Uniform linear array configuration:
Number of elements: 12
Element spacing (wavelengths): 0.25
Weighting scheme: hamming
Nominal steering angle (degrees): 30
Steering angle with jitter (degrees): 30.666
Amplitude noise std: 0.05
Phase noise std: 0.05

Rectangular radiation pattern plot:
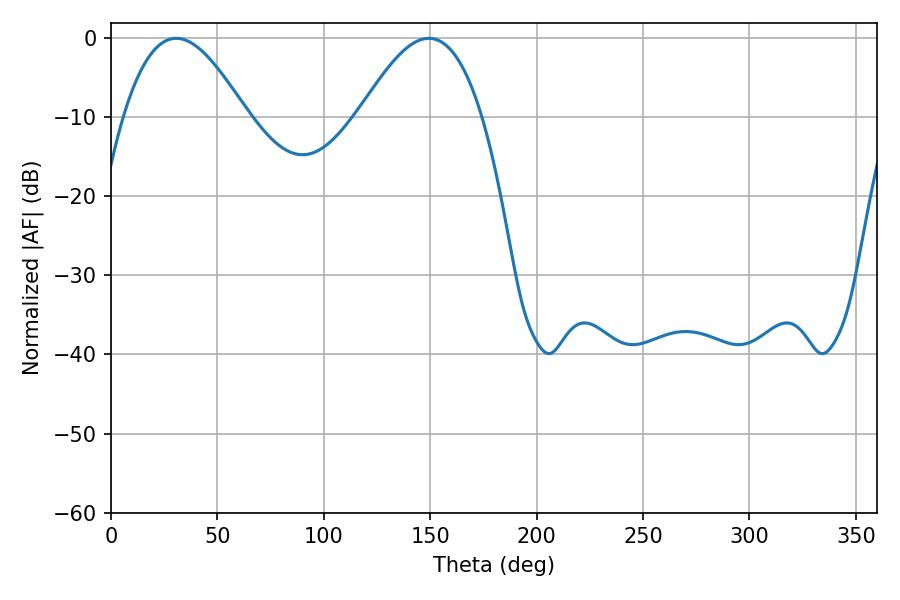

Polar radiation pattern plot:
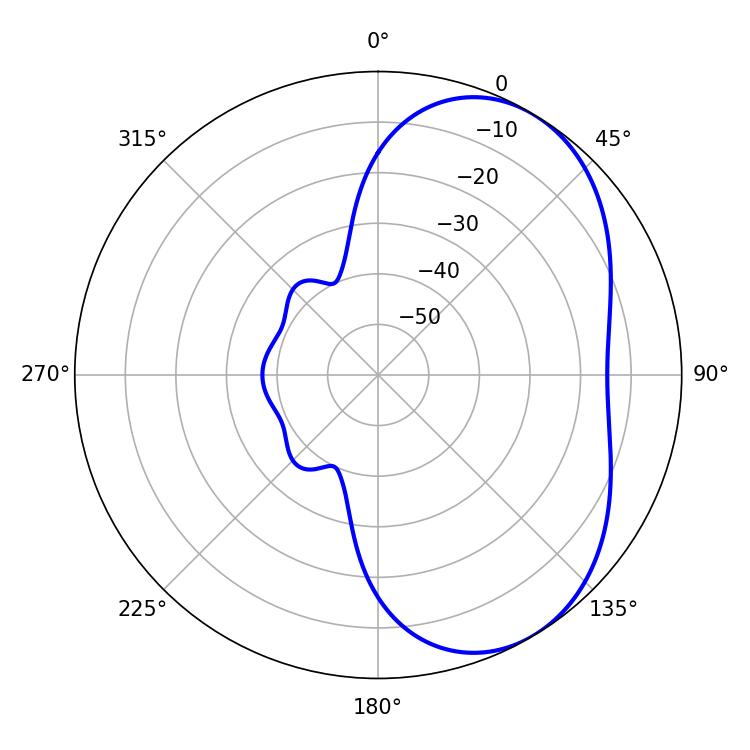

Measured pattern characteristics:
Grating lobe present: FALSE
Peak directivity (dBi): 4.802
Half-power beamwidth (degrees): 31.32
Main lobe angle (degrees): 30.6